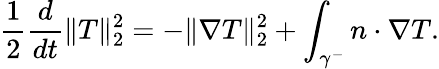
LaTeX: \frac{1}{2}\frac{d}{dt}\| T\| _{2}^{2}=-\| \nabla T\| _{2}^{2}+\int_{\gamma^{-}}n\cdot\nabla T.